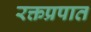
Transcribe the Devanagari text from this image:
रक्तप्रपात